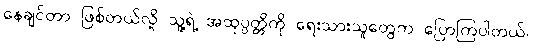
နေချင်တာ ဖြစ်တယ်လို့ သူ့ရဲ့ အထုပ္ပတ္တိကို ရေးသားသူတွေက ပြောကြပါတယ်။